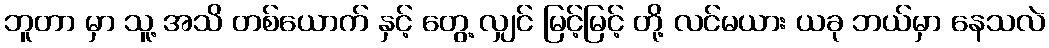
ဘူတာ မှာ သူ့ အသိ တစ်ယောက် နှင့် တွေ့ လျှင် မြင့်မြင့် တို့ လင်မယား ယခု ဘယ်မှာ နေသလဲ